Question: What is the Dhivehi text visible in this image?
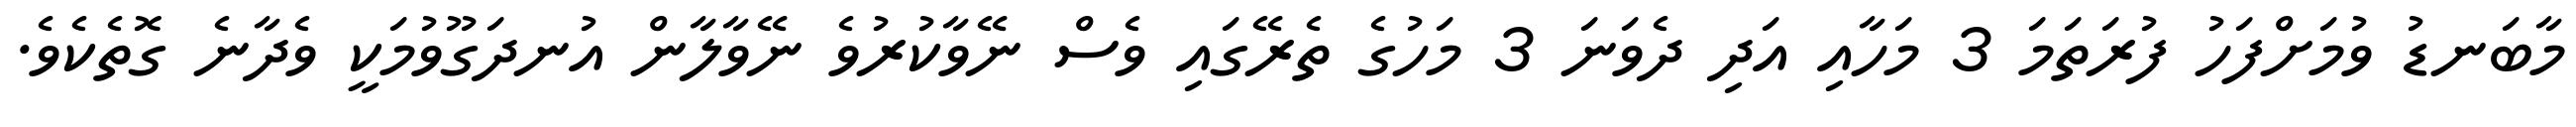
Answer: މާބަނޑު ވުމަށްފަހު ފުރަތަމަ 3 މަހާއި އަދި ދެވަނަ 3 މަހުގެ ތެރޭގައި ވެސް ނޭވާކުރުވެ ނޭވާލާން އުނދަގޫވުމަކީ ވެދާނެ ގޮތެކެވެ.